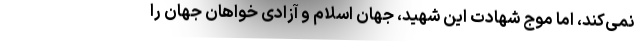
نمی‌کند، اما موج شهادت این شهید، جهان اسلام و آزادی خواهان جهان را